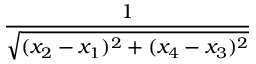
\frac { 1 } { \sqrt { ( x _ { 2 } - x _ { 1 } ) ^ { 2 } + ( x _ { 4 } - x _ { 3 } ) ^ { 2 } } }